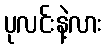
ပုလင်းနဲ့လား